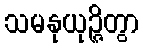
သမနုယုဉ္ဇိတွာ